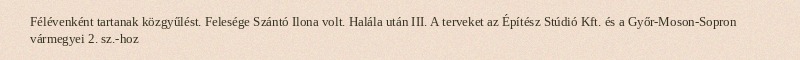
Félévenként tartanak közgyűlést. Felesége Szántó Ilona volt. Halála után III. A terveket az Építész Stúdió Kft. és a Győr-Moson-Sopron vármegyei 2. sz.-hoz